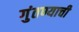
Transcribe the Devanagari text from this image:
गुंतण्याची